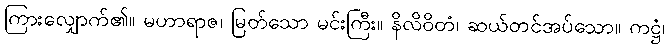
ကြားလျှောက်၏။ မဟာရာဇ၊ မြတ်သော မင်းကြီး။ နိလိဝိတံ၊ ဆယ်တင်အပ်သော။ ကဋ္ဌံ၊